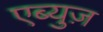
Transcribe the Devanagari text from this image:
एब्युज़